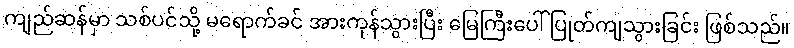
ကျည်ဆန်မှာ သစ်ပင်သို့ မရောက်ခင် အားကုန်သွားပြီး မြေကြီးပေါ် ပြုတ်ကျသွားခြင်း ဖြစ်သည်။